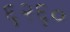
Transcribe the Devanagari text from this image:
६२६०